Code of medical and sanitary regulations for the guidance of medical officers serving in the Madras Presidency - Volume I
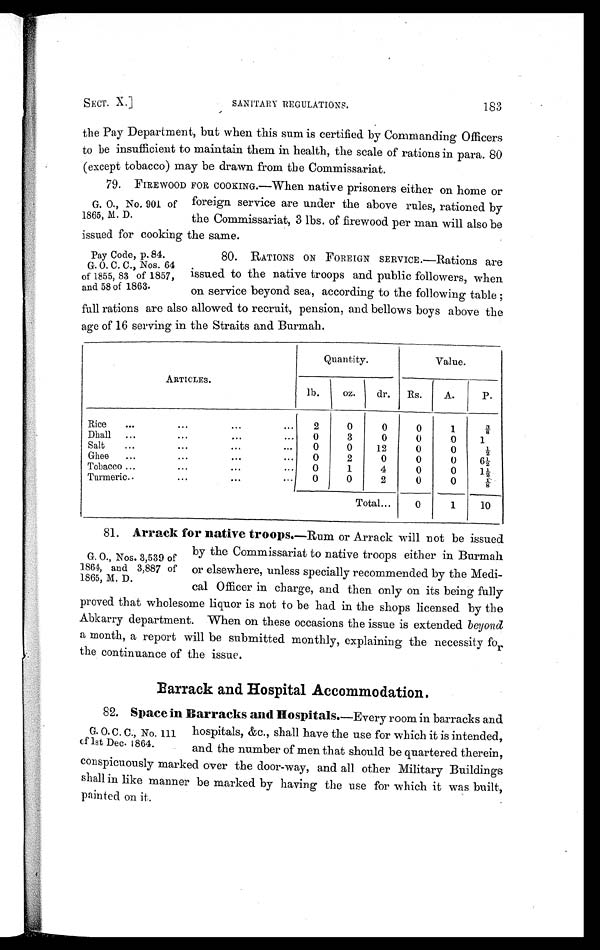
SECT. X.]
SANITARY REGULATIONS.
183
the Pay Department, but when this sum is certified by Commanding Officers
to be insufficient to maintain them in health, the scale of rations in para. 80
(except tobacco) may be drawn from the Commissariat.
G. O., No. 901 of
1865, M. D.
79. FIREWOOD FOR COOKING.—When native prisoners either on home or
foreign service are under the above rules, rationed by
the Commissariat, 3 lbs. of firewood per man will also be
issued for cooking the same.
Pay Code, p. 84.
G. O. C. C. , Nos . 64
of 1855, 83 of 1857,
and 58 of 1863.
80. RATIONS ON FOREIGN SERVICE. —Rations are
issued to the native troops and public followers, when
on service beyond sea, according to the following table;
full rations are also allowed to recruit, pension, and bellows boys above the
age of 16 serving in the Straits and Burmah.
ARTICLES.
Quantity.
Value.
lb.
oz.
dr. Rs.
A.
P.
Rice
...
...
...
...
2
0
0
0
1
3 / 8
Dhall ...
...
...
... 0
3
0
0
0
1
Salt
...
...
...
...
0
0
12
0
0
½
Ghee ...
...
...
0
2
0
0
0
6 ½
Tobacco...
...
...
... 0
1
4
0
0
1 ½
Turmeric..
...
...
... 0
0
2
0
0
1 / 8
Total...
0
1
10
G. O., Nos. 3,539 of
1864, and 3,887 of
1865, M. D.
81. Arrack for native troops. —Rum or Arrack will not be issued
by the Commissariat to native troops either in Burmah
or elsewhere, unless specially recommended by the Medi-
cal Officer in charge, and then only on its being fully
proved that wholesome liquor is not to be had in the shops licensed by the
Abkarry department. When on these occasions the issue is extended beyond
a month, a report will be submitted monthly, explaining the necessity for
the continuance of the issue.
Barrack and Hospital Accommodation.
G. O.C. C., No. 111
of 1st Dec. 1864.
82. Space in Barracks and Hospitals. —Every room in barracks and
hospitals, &c., shall have the use for which it is intended,
and the number of men that should be quartered therein,
conspicuously marked over the door-way, and all other Military Buildings
shall in like manner be marked by having the use for which it was built,
painted on it.